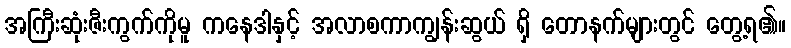
အကြီးဆုံးဇီးကွက်ကိုမူ ကနေဒါနှင့် အလာစကာကျွန်းဆွယ် ရှိ တောနက်များတွင် တွေ့ရ၏။